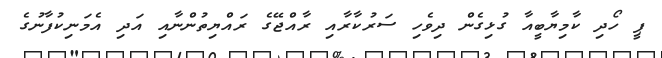
ޕީ ހޯދި ކާމިޔާބީއާ ގުޅިގެން ދިވެހި ސަރުކާރާއި ރާއްޖޭގެ ރައްޔިތުންނާއި އަދި އެމަނިކުފާނުގެ